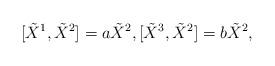
LaTeX: \begin{align*}[\tilde{X}^{1},\tilde{X}^{2}]=a\tilde{X}^{2},[\tilde{X}^{3},\tilde{X}^{2}]=b\tilde{X}^{2},\end{align*}